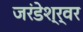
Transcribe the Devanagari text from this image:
जरंडेश्र्वर